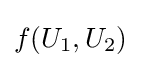
f(U_{1},U_{2})